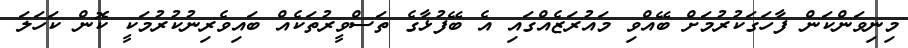
މިނިވަންކަން ފާހަގަކުރުމަށް ބޭއްވި މައުރަޒެއްގައި އެ ބޭފުޅާގެ ތަސްވީރުތަކެއް ބައިވެރިނުކުރުމަކީ ކޮން ކަހަލަ